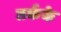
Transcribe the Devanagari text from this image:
तर्कके